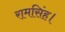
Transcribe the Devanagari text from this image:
रामसिंह।